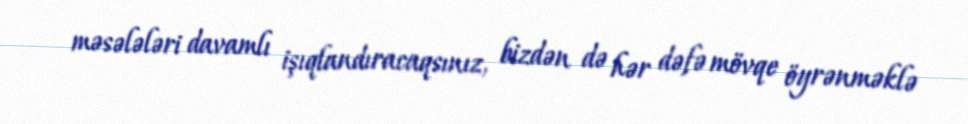
məsələləri davamlı işıqlandıracaqsınız, bizdən də hər dəfə mövqe öyrənməklə